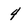
Character: 4